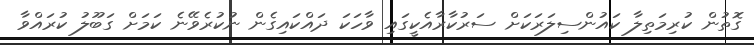
ގޮތުން ކުރިމަތިލާ ކައުންސިލަރަކަށް ސަރުކާރާއެކީގައި ވާހަކަ ދައްކައިގެން ނުކުރެވޭނެ ކަމަށް ގަބޫލު ކުރައްވާ